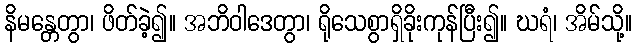
နိမန္တေတွာ၊ ဖိတ်ခဲ့၍။ အဘိဝါဒေတွာ၊ ရိုသေစွာရှိခိုးကုန်ပြီး၍။ ဃရံ၊ အိမ်သို့။